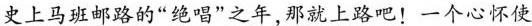
史上马班邮路的“绝唱”之年，那就上路吧!一个心怀使